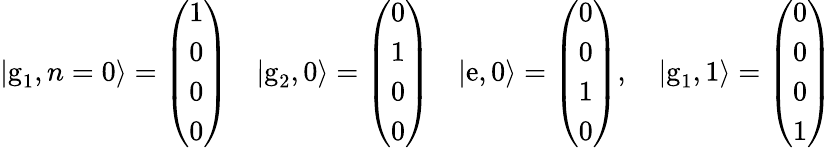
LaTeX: |\textrm{g}_{1},n=0\rangle=\left(\begin{array}{l}{1}\\ {0}\\ {0}\\ {0}\end{array}\right)\quad|\textrm{g}_{2},0\rangle=\left(\begin{array}{l}{0}\\ {1}\\ {0}\\ {0}\end{array}\right)\quad|\textrm{e},0\rangle=\left(\begin{array}{l}{0}\\ {0}\\ {1}\\ {0}\end{array}\right),\quad|\textrm{g}_{1},1\rangle=\left(\begin{array}{l}{0}\\ {0}\\ {0}\\ {1}\end{array}\right)